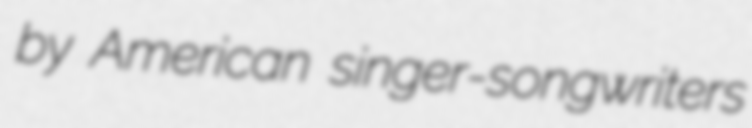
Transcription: by American singer-songwriters